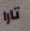
تارا